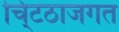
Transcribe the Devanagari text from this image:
चि्टठाजगत